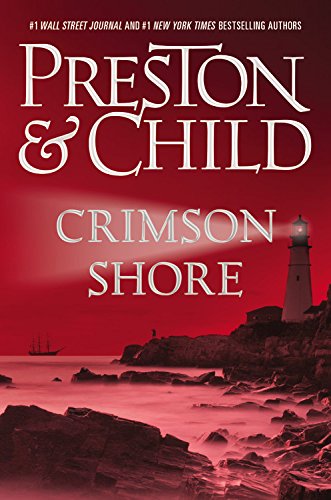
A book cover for Crimson Shore (Agent Pendergast series); Douglas Preston; Mystery, Thriller & Suspense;